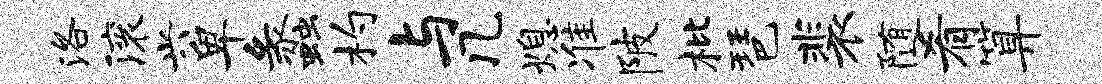
洛滚兴卑蠡杓与几熄准陂枇琶裴随肴算